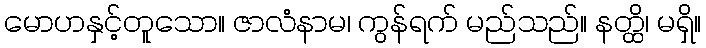
မောဟနှင့်တူသော။ ဇာလံနာမ၊ ကွန်ရက် မည်သည်။ နတ္ထိ၊ မရှိ။